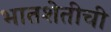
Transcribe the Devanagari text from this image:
भातशेतीची